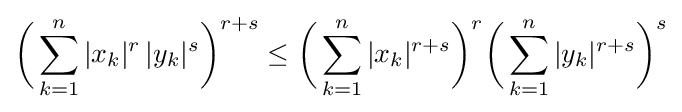
{\biggl (}\sum _{k=1}^{n}|x_{k}|^{r}\,|y_{k}|^{s}{\biggr )}^{r+s}\leq {\biggl (}\sum _{k=1}^{n}|x_{k}|^{r+s}{\biggr )}^{r}{\biggl (}\sum _{k=1}^{n}|y_{k}|^{r+s}{\biggr )}^{s}